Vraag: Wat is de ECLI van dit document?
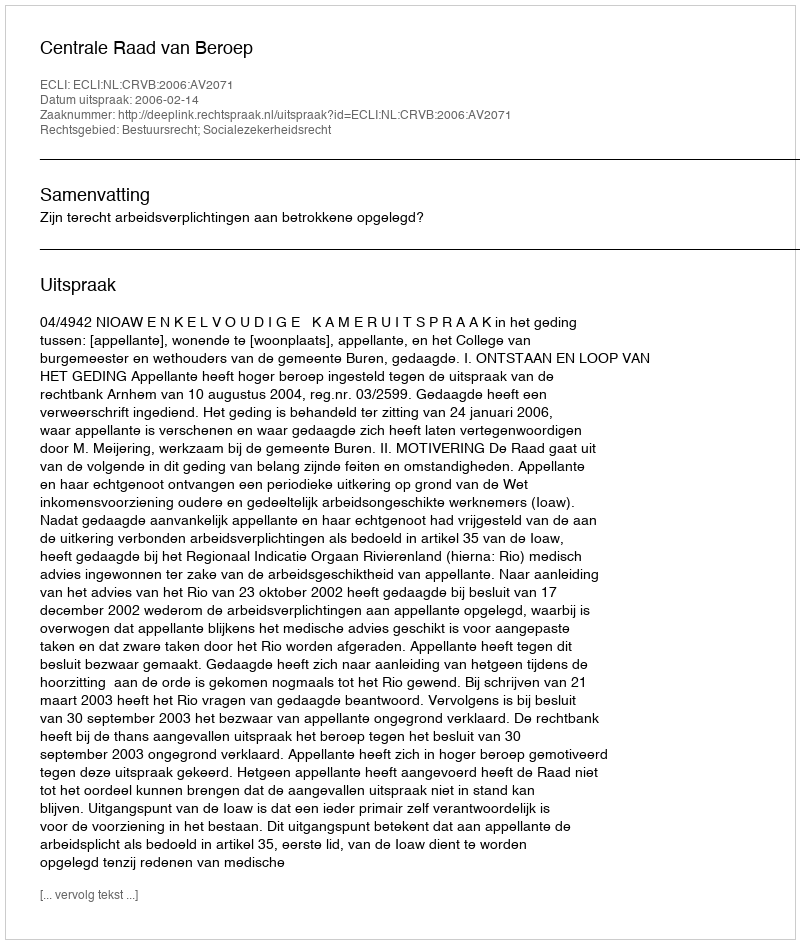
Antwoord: ECLI:NL:CRVB:2006:AV2071